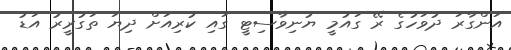
އަންގާރަ ދުވަހުގެ ރޭ ގައުމީ ޔުނިވާސިޓީ ގައި ކުރިއަށް ދިޔަ ތަގުރީރު އަޑު